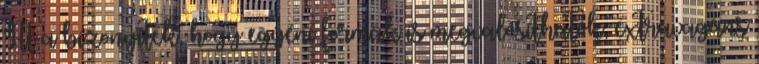
Itt a bizonyíték, hogy egyéni formák is megvalósíthatók, extravagáns